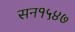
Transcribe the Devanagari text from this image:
सन१५४७